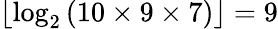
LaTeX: \left\lfloor\log_{2}\left(10\times 9\times 7\right)\right\rfloor=9